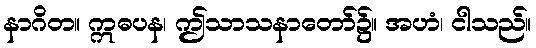
နာဂိတ။ ဣဓပန၊ ဤသာသနာတော်၌။ အဟံ၊ ငါသည်။